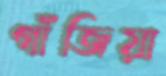
গাঁজিয়া